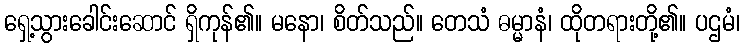
ရှေ့သွားခေါင်းဆောင် ရှိကုန်၏။ မနော၊ စိတ်သည်။ တေသံ ဓမ္မာနံ၊ ထိုတရားတို့၏။ ပဌမံ၊